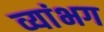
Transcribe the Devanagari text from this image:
व्यांभग